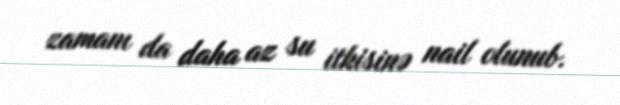
zamanı da daha az su itkisinə nail olunub.